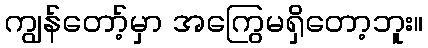
ကျွန်တော့်မှာ အကြွေမရှိတော့ဘူး။